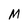
Character: M